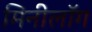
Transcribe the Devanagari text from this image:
मिनीलॉग